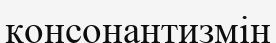
консонантизмін